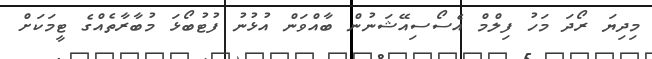
މިދިޔަ ރޯދަ މަހު ފިލްމް އެސޯސިއޭޝަނުން ބާއްވަން އުޅުނު ފުޓުބޯޅަ މުބާރާތެއްގެ ޓީމަކަށް